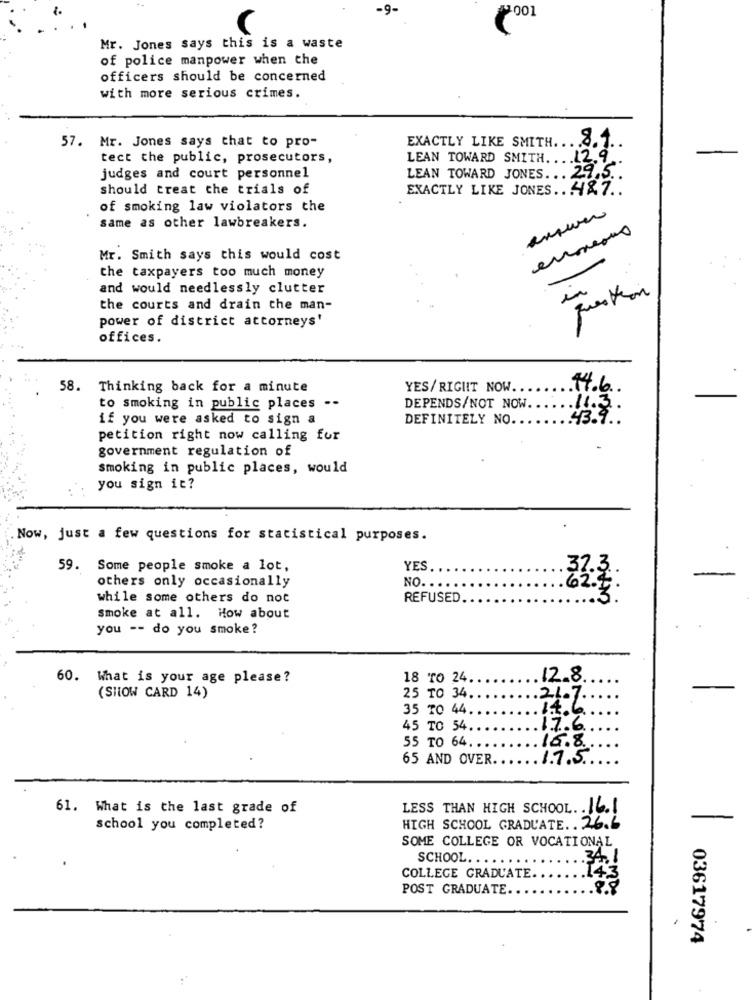
-9.
001
Mr. Jones says this is a waste
of police manpower when the
officers should be concerned
with more serious crimes.
57. Mr. Jones says that to pro-
EXACTLY LIKE SMITH ..
8.4.
tect the public, prosecutors,
LEAN TOWARD SMITH.
.12.9.
29.5
judges and court personnel
LEAN TOWARD JONES ..
should treat the trials of
EXACTLY LIKE JONES .. 48.7 ..
of smoking law violators the
Same as other lawbreakers.
Mr. Smith says this would cost
the taxpayers too much money
and would needlessly clutter
in
question
the courts and drain the man-
power of district attorneys'
offices.
58. Thinking back for a minute
YES/RIGIIT NOW.
14.6
to smoking in public places --
DEPENDS/NOT NOW
11.3.
if you were asked to sign a
DEFINITELY NO ..
43.9.
petition right now calling for
government regulation of
smoking in public places, would
you sign it?
Now, just a few questions for statistical purposes.
59. Some people smoke a lot,
YES
others only occasionally
NO. . ..
mg
while some others do not
REFUSED
smoke at all. How about
you -- do you smoke?
60. What is your age please?
18 TO 24.
12.8
(SHOW CARD 14)
25 TO 34.
21.7.
35 TO 44.
1.4.6
45 TO 54
17.6
16.8.
55 TO 64 ...
65 AND OVER ..
1.7.5.
61. What is the last grade of
LESS THAN HIGH SCHOOL .. 16.1
school you completed?
HIGH SCHOOL GRADUATE. . 26.6
SOME COLLEGE OR VOCATIONAL
SCHOOL.
34.1
COLLEGE GRADUATE
POST GRADUATE
03617974